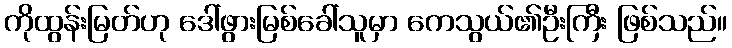
ကိုထွန်းမြတ်ဟု ဒေါ်ဖွားမြစ်ခေါ်သူမှာ ကေသွယ်၏ဦးကြီး ဖြစ်သည်။